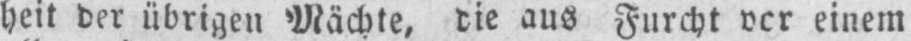
heit der übrigen Mächte, die aus Furcht vor einem